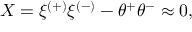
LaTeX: { \cal X } = \xi ^ { ( + ) } \xi ^ { ( - ) } - \theta ^ { + } \theta ^ { - } \approx 0 ,